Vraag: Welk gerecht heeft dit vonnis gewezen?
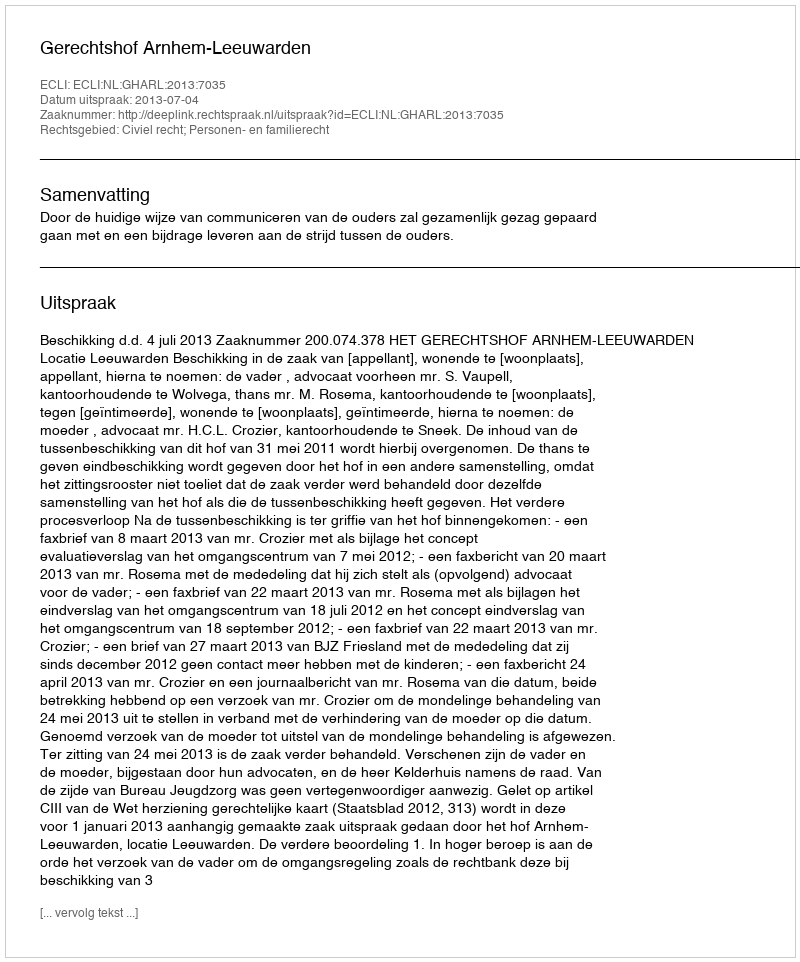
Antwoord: Gerechtshof Arnhem-Leeuwarden